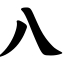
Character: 八